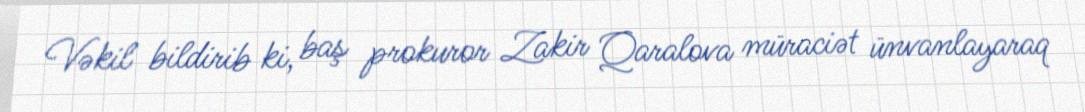
Vəkil bildirib ki, baş prokuror Zakir Qaralova müraciət ünvanlayaraq